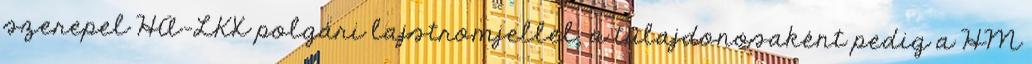
szerepel HA-LKX polgári lajstromjellel, a tulajdonosaként pedig a HM